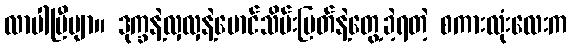
လာပါပြီဗျာ။ ဒုက္ခနဲ့လှလှနဲ့မောင်သိမ်းမြတ်နဲ့တွေ့ခဲ့ရတဲ့ စကားလုံးလေးက